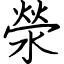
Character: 滎